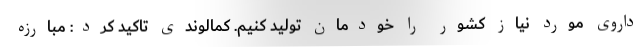
داروی مورد نیاز کشور را خودمان تولید کنیم. کمالوندی تاکید کرد: مبارزه